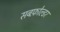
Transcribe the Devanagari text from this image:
सबफ़ोल्डर